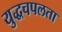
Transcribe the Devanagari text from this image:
युद्धचपलता